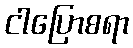
ငါပြောစရာ